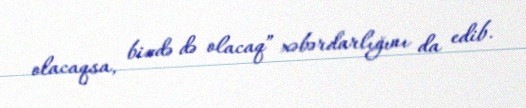
olacaqsa, bizdə də olacaq” xəbərdarlığını da edib.